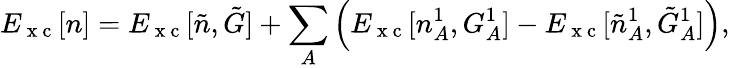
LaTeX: E_{\mathrm{~x~c~}}[n]=E_{\mathrm{~x~c~}}[\tilde{n},\tilde{G}]+\sum_{A}\left(E_{\mathrm{~x~c~}}[n_{A}^{1},G_{A}^{1}]-E_{\mathrm{~x~c~}}[\tilde{n}_{A}^{1},\tilde{G}_{A}^{1}]\right),